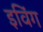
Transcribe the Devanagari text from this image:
इविंग